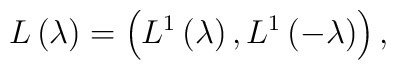
L\left( \lambda \right) =\left( L^1\left( \lambda \right),L^1\left( -\lambda \right) \right) ,